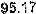
95.17